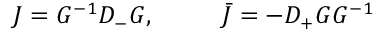
{ \cal J } = G ^ { - 1 } D _ { - } G , ~ ~ ~ ~ ~ ~ ~ ~ \bar { \cal J } = - D _ { + } G G ^ { - 1 }